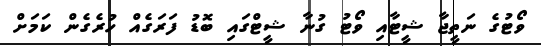
ވޯޓުގެ ނަތީޖާ ޝީޓާއި ވޯޓު ގުނާ ޝީޓްގައި ބޮޑު ފަރަގެއް ހުރެގެން ކަމަށް